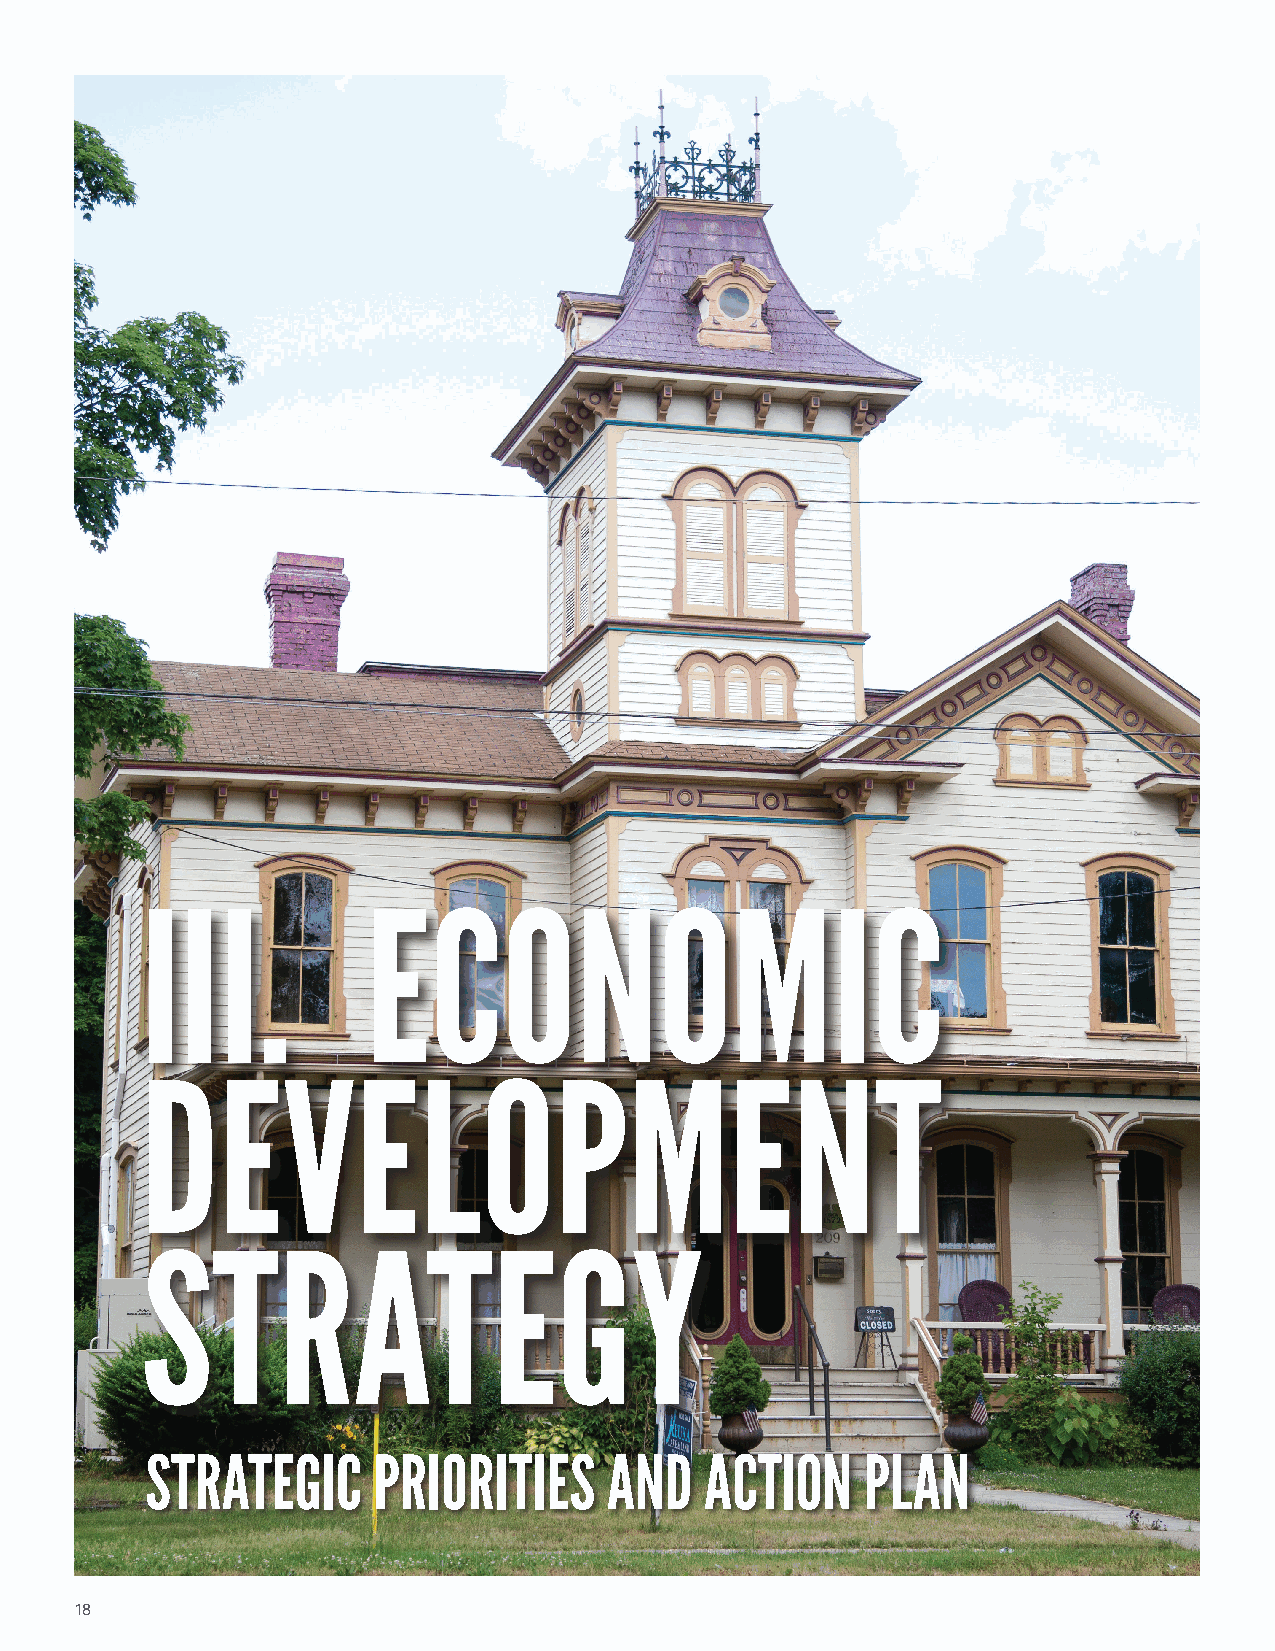
III.           ECONOMIC
 DEVELOPMENT
 STRATEGY
 STRATEGIC      PRIORITIES     AND    ACTION    PLAN
 18